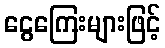
ငွေကြေးများဖြင့်